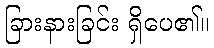
ခြားနားခြင်း ရှိပေ၏။